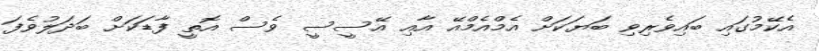
އެކޭމުގައި ބައިވެރިވި ބަޔަކަށް އެމްއެމްއޭ އާއި އޭސީސީ ވެސް އޮތީ ފާޑަކަށް ބަދަލުވެފަ